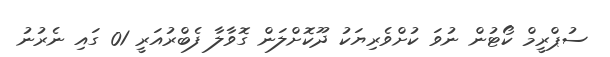
ސުޕްރީމް ކޯޓުން ނުވަ ކުށްވެރިޔަކު ދޫކޮށްލަން ގޮވާލާ ފެބްރުއަރީ 01 ގައި ނެރުނު